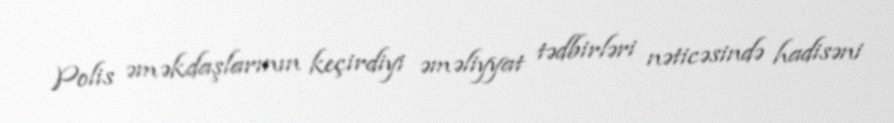
Polis əməkdaşlarının keçirdiyi əməliyyat tədbirləri nəticəsində hadisəni